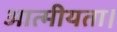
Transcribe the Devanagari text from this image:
आत्मीयता।